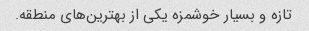
تازه و بسیار خوشمزه یکی از بهترین‌های منطقه.